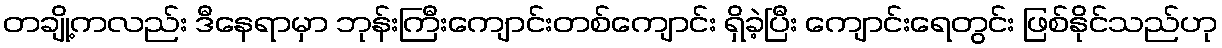
တချို့ကလည်း ဒီနေရာမှာ ဘုန်းကြီးကျောင်းတစ်ကျောင်း ရှိခဲ့ပြီး ကျောင်းရေတွင်း ဖြစ်နိုင်သည်ဟု